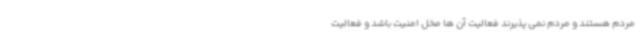
مردم هستند و مردم نمی پذیرند فعالیت آن ها مخل امنیت باشد و فعالیت